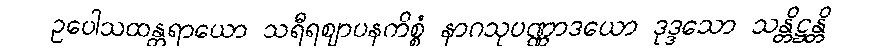
ဥပေါသထန္တရာယော သရီရဈာပနကိစ္စံ နာဂသုပဏ္ဏာဒယော ဒုဒ္ဒသော သန္တိဋ္ဌန္တိ